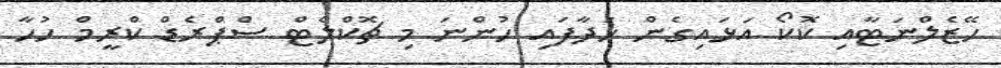
ހޭޒެލްނަޓާއި ކޮކޯ އަޅައިގެން ހަދާފައި ހުންނަ މި ޗޮކްލެޓް ސްޕްރެޑް ކްރީމް ހުހާ